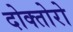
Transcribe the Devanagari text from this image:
दोक्तोरो